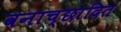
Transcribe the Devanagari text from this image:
वनाच्‍छादित